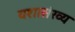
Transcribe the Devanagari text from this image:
यशासंख्य